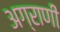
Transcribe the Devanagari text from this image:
अग्राणी